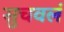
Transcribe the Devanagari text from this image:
सुचवलं